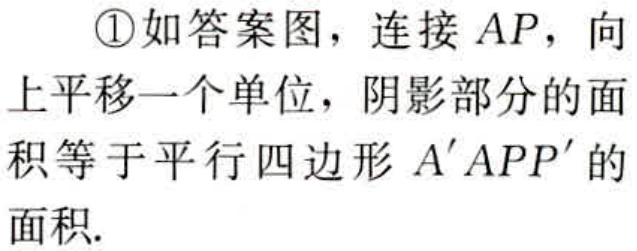
\textcircled{1}如答案图，连接 \(AP\)，向上平移一个单位，阴影部分的面积等于平行四边形 \(A'APP'\) 的面积.